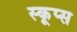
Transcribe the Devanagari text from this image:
स्कूप्स